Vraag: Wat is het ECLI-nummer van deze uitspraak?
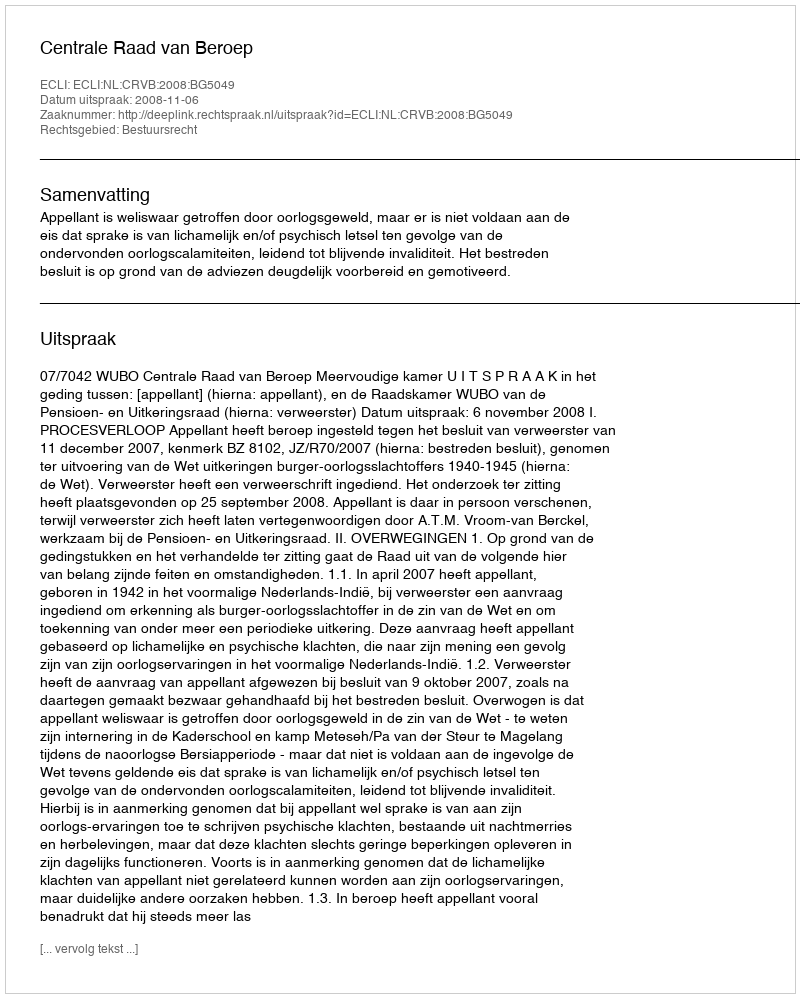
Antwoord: ECLI:NL:CRVB:2008:BG5049